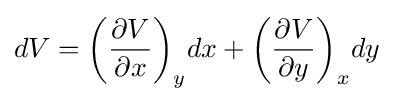
dV=\left({\frac {\partial V}{\partial x}}\right)_{y}\!dx+\left({\frac {\partial V}{\partial y}}\right)_{x}\!dy